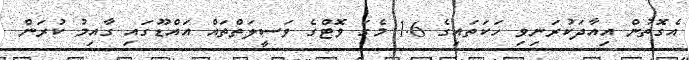
އެގޮތުން އިއާދަކުރަނިވި ހަކަތައިގެ 1.6 މެގަ ވޮޓްގެ ވަސީލަތްތައް އައްޑޫގައި ގާއިމު ކުރަން